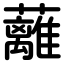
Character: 蘺